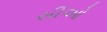
સીઓ